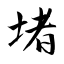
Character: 堵